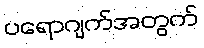
ပရောဂျက်အတွက်